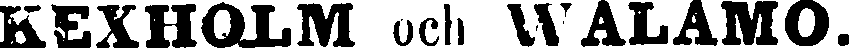
KEXHOXM och WALAMO.